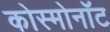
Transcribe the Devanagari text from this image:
कोस्मोनॉट